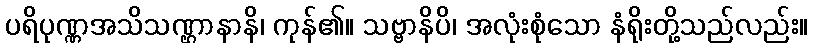
ပရိပုဏ္ဏအသိသဏ္ဌာနာနိ၊ ကုန်၏။ သဗ္ဗာနိပိ၊ အလုံးစုံသော နံရိုးတို့သည်လည်း။